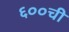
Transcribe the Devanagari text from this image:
६००ची